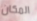
المكان